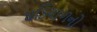
ઘડિયાળનો